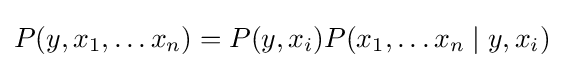
P(y,x_{1},\ldots x_{n})=P(y,x_{i})P(x_{1},\ldots x_{n}\mid y,x_{i})